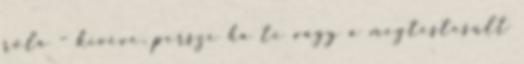
róla – kivéve, persze ha te vagy a megtestesült